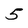
Character: 5